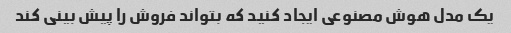
یک مدل هوش مصنوعی ایجاد کنید که بتواند فروش را پیش بینی کند